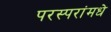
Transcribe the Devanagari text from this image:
परस्‍परांमधे